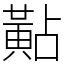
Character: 黇